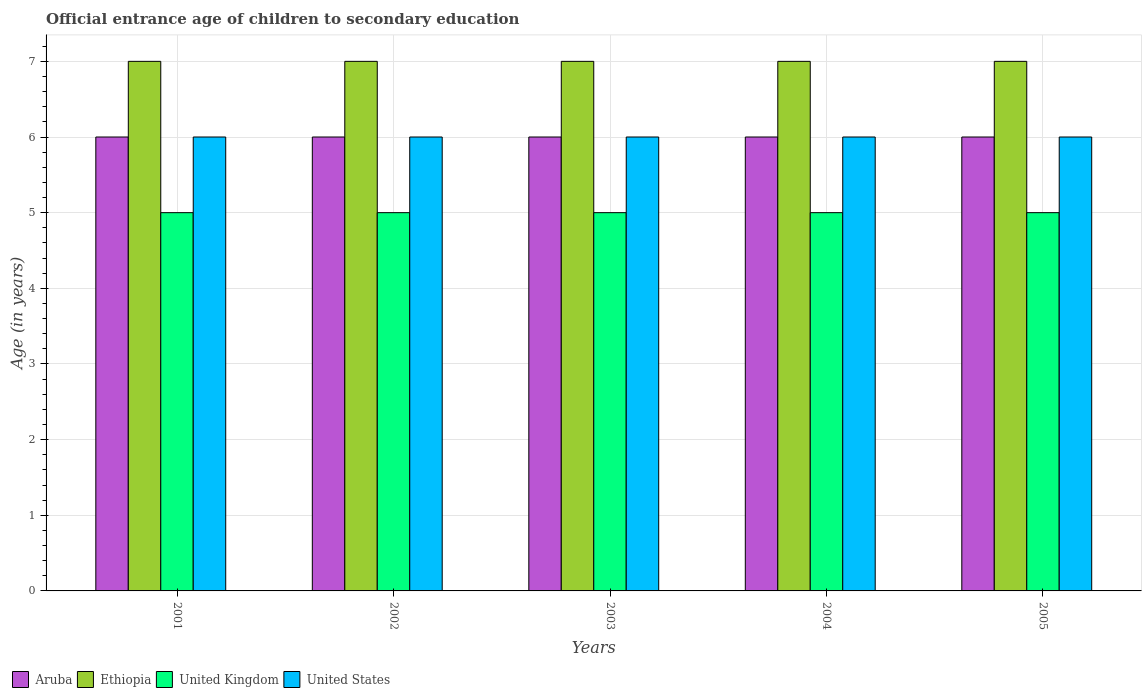
| Years | Aruba | Ethiopia | United Kingdom | United States |
 | --- | --- | --- | --- | --- |
 | 2001 | 6 | 7 | 5 | 6 |
 | 2002 | 6 | 7 | 5 | 6 |
 | 2003 | 6 | 7 | 5 | 6 |
 | 2004 | 6 | 7 | 5 | 6 |
 | 2005 | 6 | 7 | 5 | 6 |